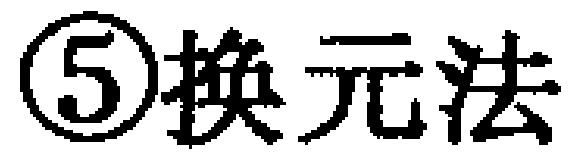
\textcircled{5}换元法